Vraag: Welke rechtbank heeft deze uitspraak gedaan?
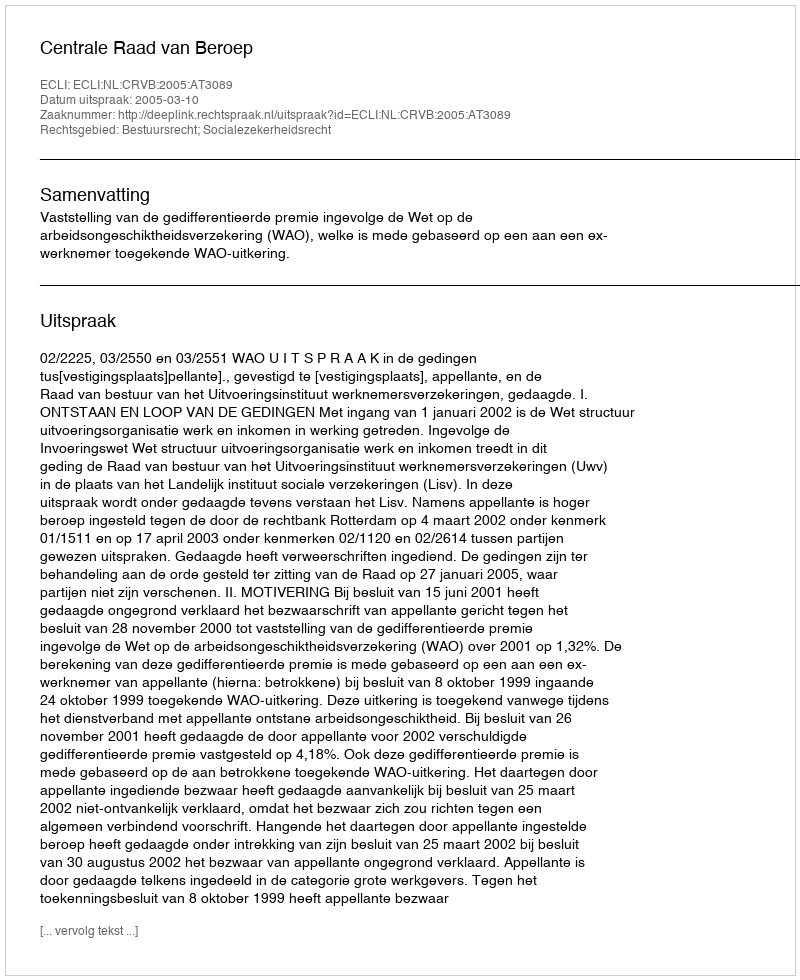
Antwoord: Centrale Raad van Beroep